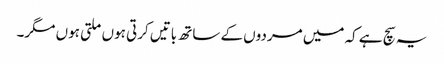
یہ سچ ہے کہ میں مردوں کے ساتھ باتیں کرتی ہوں ملتی ہوں مگر۔